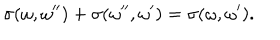
\sigma ( \omega , \omega ^ { \prime \prime } ) + \sigma ( \omega ^ { \prime \prime } , \omega ^ { \prime } ) = \sigma ( \omega , \omega ^ { \prime } ) .